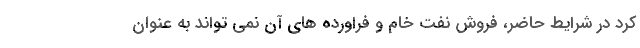
کرد در شرایط حاضر، فروش نفت خام و فراورده های آن نمی تواند به عنوان